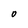
Character: 0